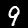
Digit: 9